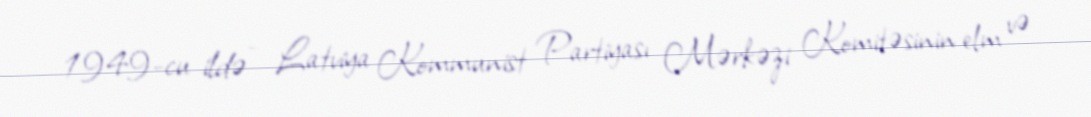
1949-cu ildə - Latviya Kommunist Partiyası Mərkəzi Komitəsinin elm və